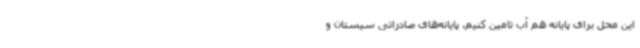
این محل برای پایانه هم آب تامین کنیم. پایانه‌های صادراتی سیستان و